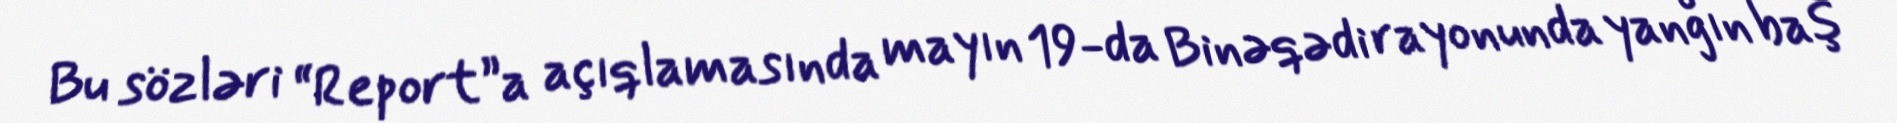
Bu sözləri “Report”a açıqlamasında mayın 19-da Binəqədi rayonunda yanğın baş